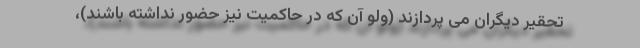
تحقیر دیگران می پردازند (ولو آن که در حاکمیت نیز حضور نداشته باشند)،